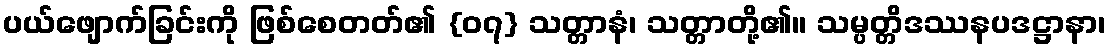
ပယ်ဖျောက်ခြင်းကို ဖြစ်စေတတ်၏ {၀၇} သတ္တာနံ၊ သတ္တာတို့၏။ သမ္ပတ္တိဒဿနပဒဋ္ဌာနာ၊